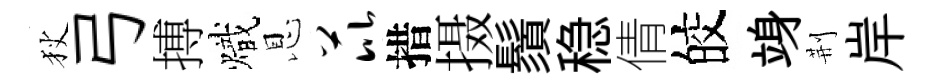
狄弓搏熾恩芘措摄鬚稳倩皎竧荆岸